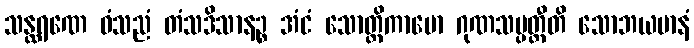
သန္ထရဏေ ဝံသညံ တံသဒိသာနဉ္စ အံငံ သောတ္ထိကာမော ဂုဏသမ္ပတ္တီတိ သောဘယမာနံ